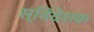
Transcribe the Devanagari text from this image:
स्विदेशक